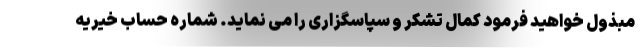
مبذول خواهید فرمود کمال تشکر و سپاسگزاری را می نماید. شماره حساب خیریه